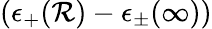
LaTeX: (\epsilon_{+}(\mathcal{R})-\epsilon_{\pm}(\infty))